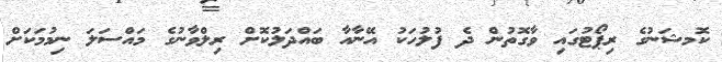
ކޮމޝަނުގެ ރިޕޯޓުގައި ވާގޮތުން ދެ ފުލުހަަަަަކު އޭނާއާ ބައްދަލުކޮށް ރިލްވާނުގެ މައްސަލަ ނިމުމަކަށް